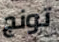
تونج